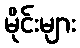
မိုင်းများ